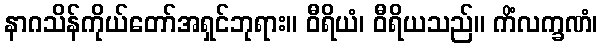
နာဂသိန်ကိုယ်တော်အရှင်ဘုရား။ ဝီရိယံ၊ ဝီရိယသည်။ ကိံလက္ခဏံ၊